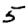
Digit: 5